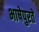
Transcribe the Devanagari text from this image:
भाषेपुरते